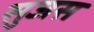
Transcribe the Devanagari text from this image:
सुजस